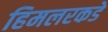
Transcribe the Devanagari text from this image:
हिमलरकडे